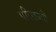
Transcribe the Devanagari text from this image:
परिराज्यों